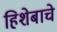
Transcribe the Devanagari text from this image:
हिशेबाचे